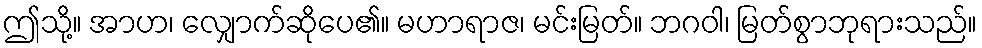
ဤသို့။ အာဟ၊ လျှောက်ဆိုပေ၏။ မဟာရာဇ၊ မင်းမြတ်။ ဘဂဝါ၊ မြတ်စွာဘုရားသည်။